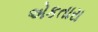
એકતારા